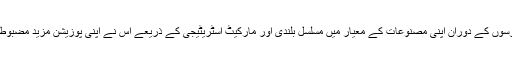
گزشتہ برسوں کے دوران اپنی مصنوعات کے معیار میں مسلسل بلندی اور مارکیٹ اسٹریٹیجی کے ذریعے اس نے اپنی پوزیشن مزید مضبوط کی ہے۔